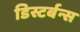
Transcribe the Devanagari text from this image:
डिस्टर्बन्स